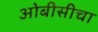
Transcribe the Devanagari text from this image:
ओबीसीचा